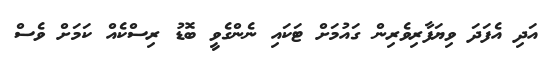
އަދި އެފަދަ ވިޔަފާރިވެރިން ގައުމަށް ޓަކައި ނެންގެވީ ބޮޑު ރިސްކެއް ކަމަށް ވެސް